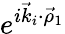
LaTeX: e^{i\vec{k}_{i}\cdot\vec{\rho}_{1}}